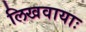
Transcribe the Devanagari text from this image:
लिखवायाः